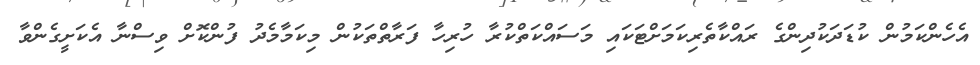
އެހެންކަމުން ކުޑަދަކުދިންގެ ރައްކާތެރިކަމަށްޓަކައި މަސައްކަތްކުރާ ހުރިހާ ފަރާތްތަކުން މިކަމާމެދު ފުންކޮށް ވިސްނާ އެކަށީގެންވާ